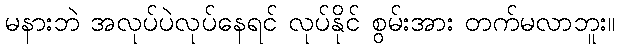
မနားဘဲ အလုပ်ပဲလုပ်နေရင် လုပ်နိုင် စွမ်းအား တက်မလာဘူး။